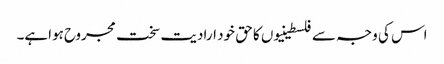
اس کی وجہ سے فلسطینیوں کا حق خود ارادیت سخت مجروح ہواہے۔